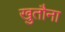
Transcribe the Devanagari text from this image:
खुतौना